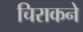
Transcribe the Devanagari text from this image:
चिराकने